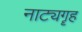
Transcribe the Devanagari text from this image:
नाट्यगॄह